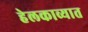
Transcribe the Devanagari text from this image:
हेलकाव्यात